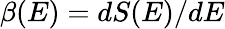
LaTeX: \beta(E)=dS(E)/dE